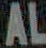
AL